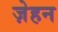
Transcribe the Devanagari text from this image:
ज़ेहन